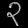
Digit: ၃